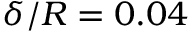
\delta / R = 0 . 0 4